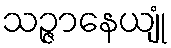
သဉ္ဇာနေယျုံ